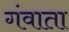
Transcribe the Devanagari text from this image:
गंवाता